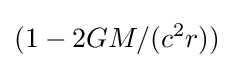
(1-2GM/(c^{2}r))